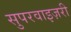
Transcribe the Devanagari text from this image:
सुपरवाइज़री